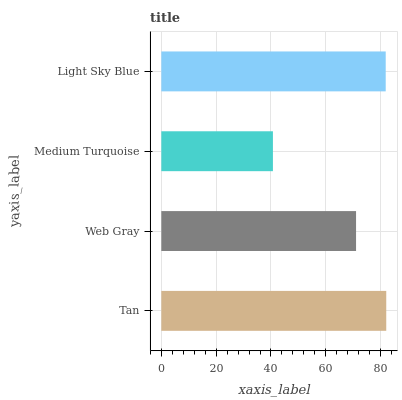
| yaxis_label | bars |
 | --- | --- |
 | Tan | 82 |
 | Web Gray | 71 |
 | Medium Turquoise | 40.7 |
 | Light Sky Blue | 81.8 |